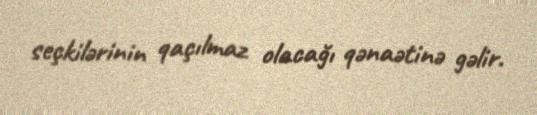
seçkilərinin qaçılmaz olacağı qənaətinə gəlir.